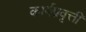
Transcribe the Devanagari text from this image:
कार्यप्रवृत्ती